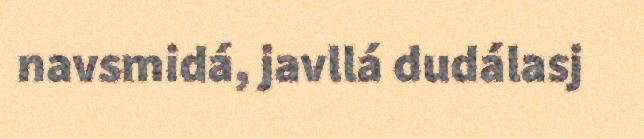
navsmidá, javllá dudálasj